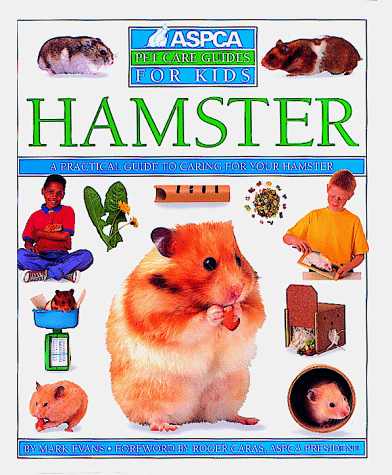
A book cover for Hamster (ASPCA Pet Care Guides for Kids); Mark Evans; Crafts, Hobbies & Home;